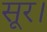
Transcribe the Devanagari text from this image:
सूर।